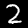
Label: 2